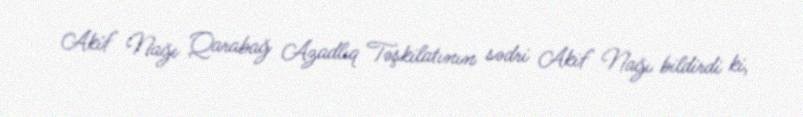
Akif Nağı Qarabağ Azadlıq Təşkilatının sədri Akif Nağı bildirdi ki,